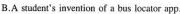
B.A sudent's invention of a bus lecator app.